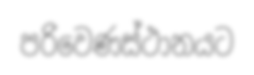
පරිවෙණස්ථානයට